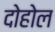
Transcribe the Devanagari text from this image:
दोहोल